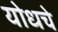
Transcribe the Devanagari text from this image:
योधचे